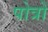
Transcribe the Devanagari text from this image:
पोत्रों